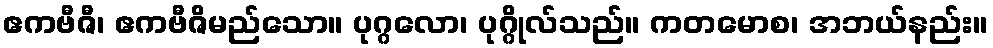
ဧကဗီဇီ၊ ဧကဗီဇိမည်သော။ ပုဂ္ဂလော၊ ပုဂ္ဂိုလ်သည်။ ကတမောစ၊ အဘယ်နည်း။